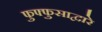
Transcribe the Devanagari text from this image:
फुफ्फुसाद्वारे